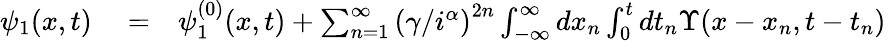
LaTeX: \begin{array}{rlr}{\psi_{1}(x,t)}&{{}=}&{\psi_{1}^{(0)}(x,t)+\sum_{n=1}^{\infty}\left(\gamma/i^{\alpha}\right)^{2n}\int_{-\infty}^{\infty}dx_{n}\int_{0}^{t}dt_{n}{\Upsilon}(x-x_{n},t-t_{n})}\end{array}